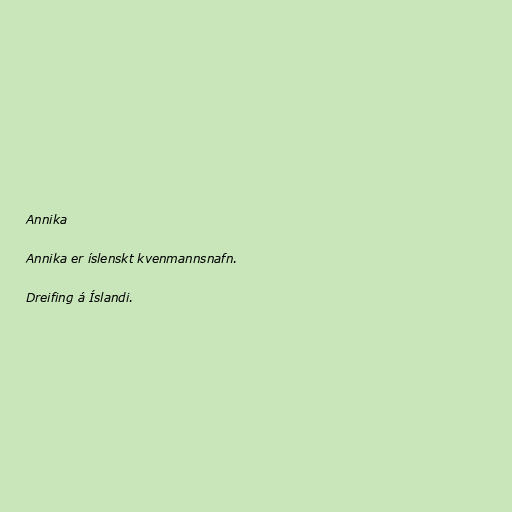
Annika

Annika er íslenskt kvenmannsnafn.

Dreifing á Íslandi.